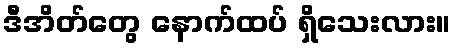
ဒီအိတ်တွေ နောက်ထပ် ရှိသေးလား။